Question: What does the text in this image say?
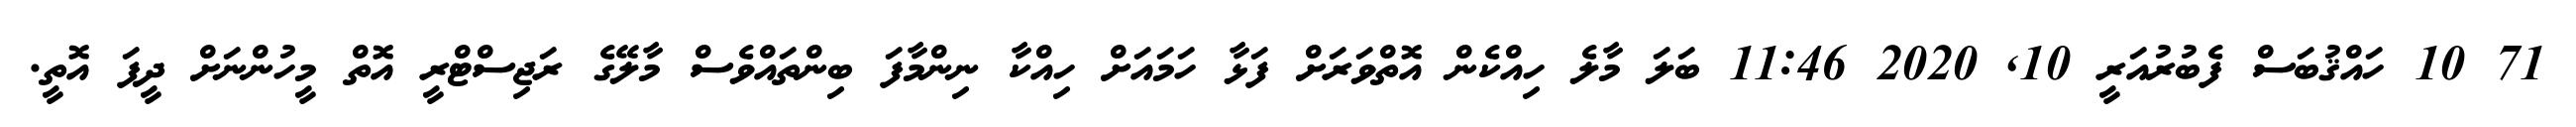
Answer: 71 10 ހައްޤުބަސް ފެބުރުއަރީ 10, 2020 11:46 ބަލަ މާލެ ހިއްކެން އޮތްވަރަށް ފަޅާ ހަމައަށް ހިއްކާ ނިންމާފަ ބިންތައްވެސް މާލޭގެ ރަޖިސްޓްރީ އޮތް މީހުންނަށް ދީފަ އޮތީ.